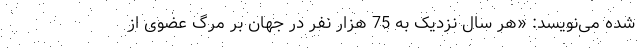
شده می‌نویسد: «‌هر سال نزدیک به 75 هزار نفر در جهان بر مرگ عضوی از